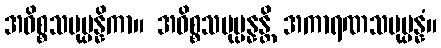
အဓိစ္စသမုပ္ပန္နိကာ။ အဓိစ္စသမုပ္ပန္နန္တိ အကာရဏသမုပ္ပန္နံ။